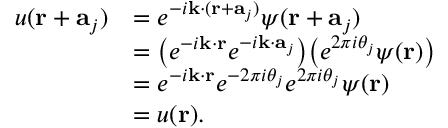
{ \begin{array} { r l } { u ( \mathbf { r } + \mathbf { a } _ { j } ) } & { = e ^ { - i \mathbf { k } \cdot ( \mathbf { r } + \mathbf { a } _ { j } ) } \psi ( \mathbf { r } + \mathbf { a } _ { j } ) } \\ & { = { \big ( } e ^ { - i \mathbf { k } \cdot \mathbf { r } } e ^ { - i \mathbf { k } \cdot \mathbf { a } _ { j } } { \big ) } { \big ( } e ^ { 2 \pi i \theta _ { j } } \psi ( \mathbf { r } ) { \big ) } } \\ & { = e ^ { - i \mathbf { k } \cdot \mathbf { r } } e ^ { - 2 \pi i \theta _ { j } } e ^ { 2 \pi i \theta _ { j } } \psi ( \mathbf { r } ) } \\ & { = u ( \mathbf { r } ) . } \end{array} }